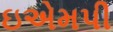
ઇએમપી